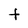
Character: t